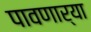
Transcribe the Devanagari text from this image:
पावणार्‍या